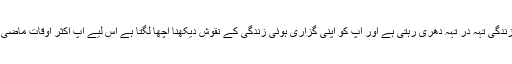
اس کمرے میں آپ کی اب تک کی بِتائی ہوئی ساری زندگی تہہ در تہہ دھری رہتی ہے اور آُپ کو اپنی گزاری ہوئی زندگی کے نقوش دیکھنا اچھا لگتا ہے اس لیے آپ اکثر اوقات ماضی کی غلام گردشوں اور راہداریوں میں پائے جاتے ہیں۔